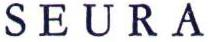
SEURA